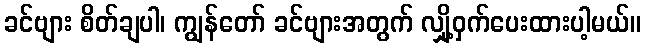
ခင်ဗျား စိတ်ချပါ၊ ကျွန်တော် ခင်ဗျားအတွက် လျှို့ဝှက်ပေးထားပါ့မယ်။